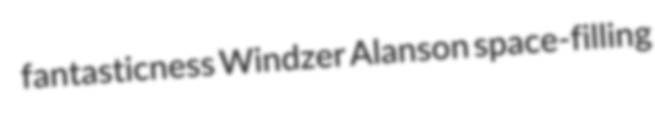
fantasticness Windzer Alanson space-filling